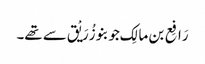
رَافِع بن مالِک جو بنو زُرَیْق سے تھے۔